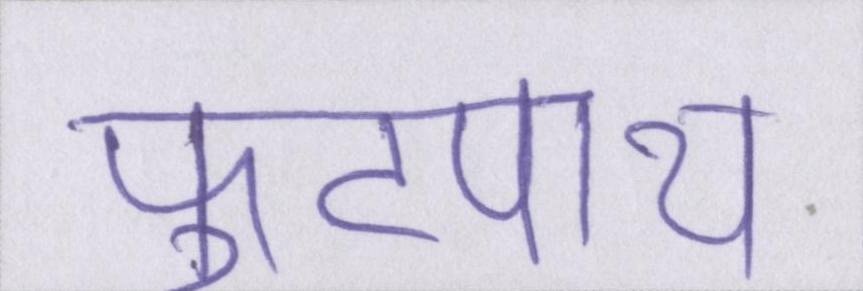
फुटपाथ